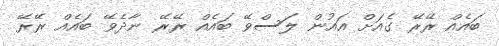
ބައެއް ރޭރޭ ގެއަށް އައުން ލަސްވޭ ބައެއް ރޭރޭ ނާދެވޭ ބައެއް ރޭރޭ